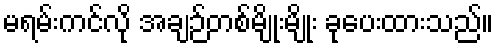
မရမ်းကင်လို အချဉ်တစ်မျိုးမျိုး ခုပေးထားသည်။